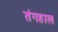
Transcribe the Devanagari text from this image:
तंगहाल